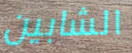
الشابين